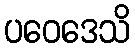
ပဝေဒေသိ